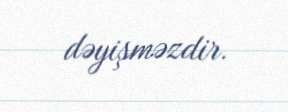
dəyişməzdir.